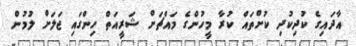
އާދައިގެ ކުދިކުދި ކުށްތައް ކުރާ މީހުންގެ މައްޗަށް ޝަރީއަތް ހިންގައި ޖަލަށް ލުމުން